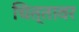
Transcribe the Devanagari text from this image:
चित्तावर